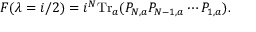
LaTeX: F ( \lambda = i / 2 ) = i ^ { N } \mathrm { T r } _ { a } ( P _ { N , a } P _ { N - 1 , a } \cdots P _ { 1 , a } ) .